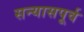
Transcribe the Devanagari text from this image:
सन्यासपूर्व